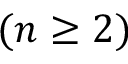
( n \geq 2 )